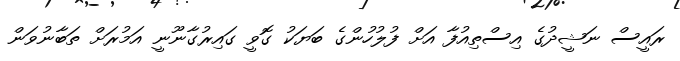
ރައީސް ނަޝީދުގެ އިސްތިއުފާ އަށް ފުލުހުންގެ ބަޔަކު ގޮވީ ގައިރުގާނޫނީ އަމުރަށް ތަބާނުވަން